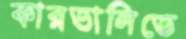
কারতালিতে